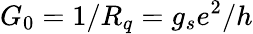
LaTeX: G_{0}=1/R_{q}=g_{s}e^{2}/h